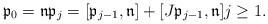
LaTeX: \begin{align*} \mathfrak{p}_0 = \mathfrak{n} \mathfrak{p}_j = [\mathfrak{p}_{j-1},\mathfrak{n}] + [J\mathfrak{p}_{j-1},\mathfrak{n}] j \geq 1 . \end{align*}